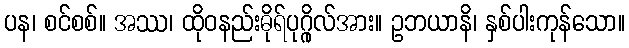
ပန၊ စင်စစ်။ အဿ၊ ထိုဝနည်းဓိုရ်ပုဂ္ဂိုလ်အား။ ဥဘယာနိ၊ နှစ်ပါးကုန်သော။